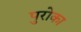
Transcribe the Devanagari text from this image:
पुरोका